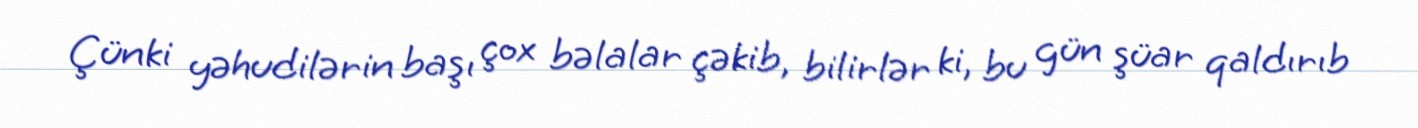
Çünki yəhudilərin başı çox bəlalar çəkib, bilirlər ki, bu gün şüar qaldırıb